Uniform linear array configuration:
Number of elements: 12
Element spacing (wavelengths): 0.5
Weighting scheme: binomial
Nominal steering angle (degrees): -15
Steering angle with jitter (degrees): -13.716
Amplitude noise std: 0.05
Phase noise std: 0.05

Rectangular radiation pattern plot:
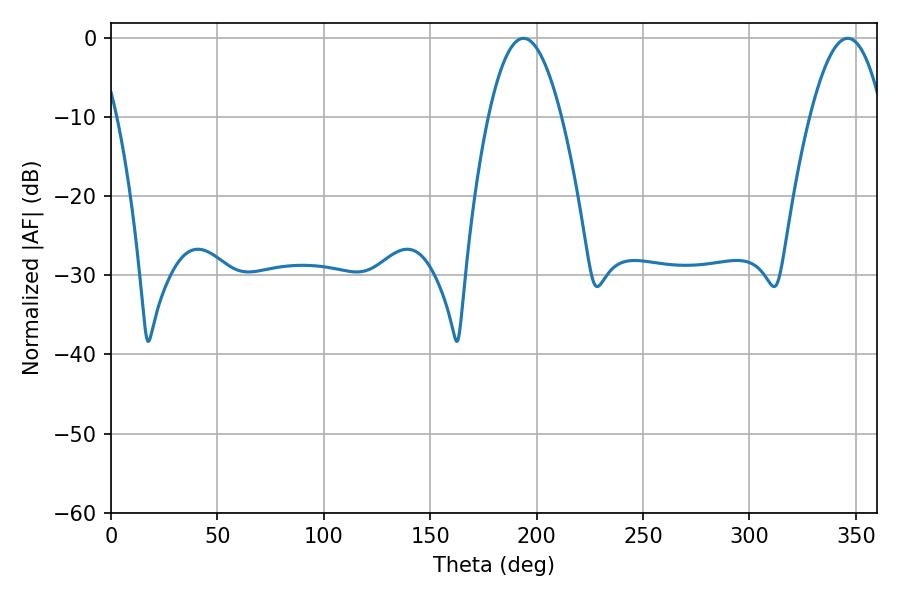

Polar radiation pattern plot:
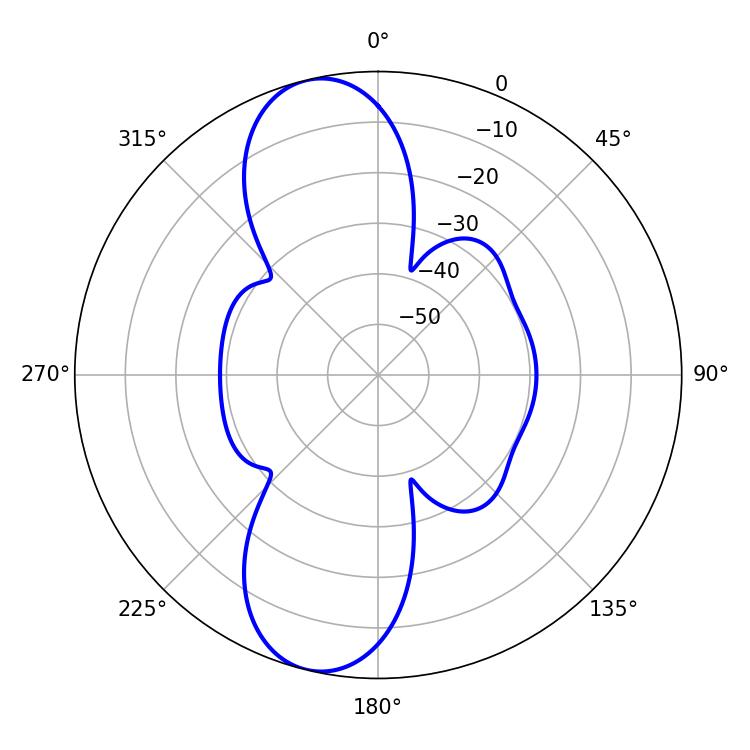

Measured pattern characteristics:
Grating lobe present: FALSE
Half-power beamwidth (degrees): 18.72
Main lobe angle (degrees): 346.14